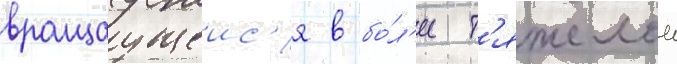
вращаущеис'я в бо́л'ее т'яжелои